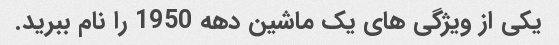
یکی از ویژگی های یک ماشین دهه 1950 را نام ببرید.